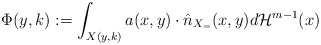
\begin{align*}\Phi(y,k) := \int_{X(y,k)} a(x,y) \cdot \hat n_{X_=}(x,y) d{\mathcal H}^{m-1} (x) \end{align*}